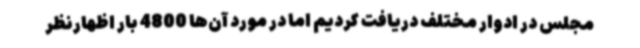
مجلس در ادوار مختلف دریافت کردیم اما در مورد آن‌ها 4800 بار اظهارنظر